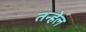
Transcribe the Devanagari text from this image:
तन्हेल